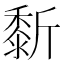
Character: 𪏴